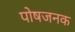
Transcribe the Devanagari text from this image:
पोषजनक